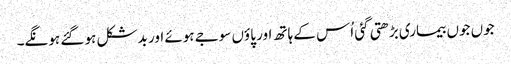
جوں جوں بیماری بڑھتی گئی اُس کے ہاتھ اور پاؤں سوجے ہوئے اور بدشکل ہو گئے ہونگے۔